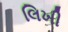
લિખી